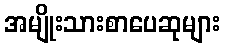
အမျိုးသားစာပေဆုများ